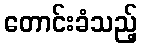
တောင်းခံသည့်